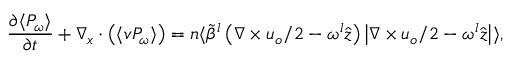
\frac { \partial \langle P _ { \omega } \rangle } { \partial t } + \nabla _ { \boldsymbol { x } } \cdot \big ( \langle \boldsymbol { v } P _ { \omega } \rangle \big ) = n \langle \widetilde { \beta } ^ { l } \left( \nabla \times \boldsymbol { u } _ { o } / 2 - \omega ^ { l } \hat { \boldsymbol { z } } \right) \left| \nabla \times \boldsymbol { u } _ { o } / 2 - \omega ^ { l } \hat { \boldsymbol { z } } \right| \rangle ,